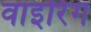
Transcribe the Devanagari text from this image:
वाइरिंग